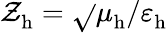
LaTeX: \mathcal{Z}_{\mathrm{{h}}}^{}=\sqrt{}{{\mu_{\mathrm{{h}}}^{}/\varepsilon_{\mathrm{{h}}}^{}}}